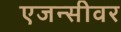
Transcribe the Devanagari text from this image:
एजन्सीवर